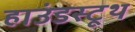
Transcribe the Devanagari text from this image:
हाउंडस्टूथ